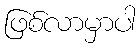
ဖြစ်လာမှာပါ